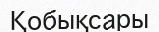
Қобықсары